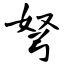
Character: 弩